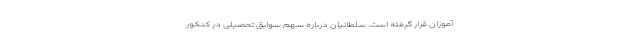
آموزان قرار گرفته است. سلطانیان درباره سهم سوابق تحصیلی در کنکور